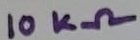
Text: 10KΩ